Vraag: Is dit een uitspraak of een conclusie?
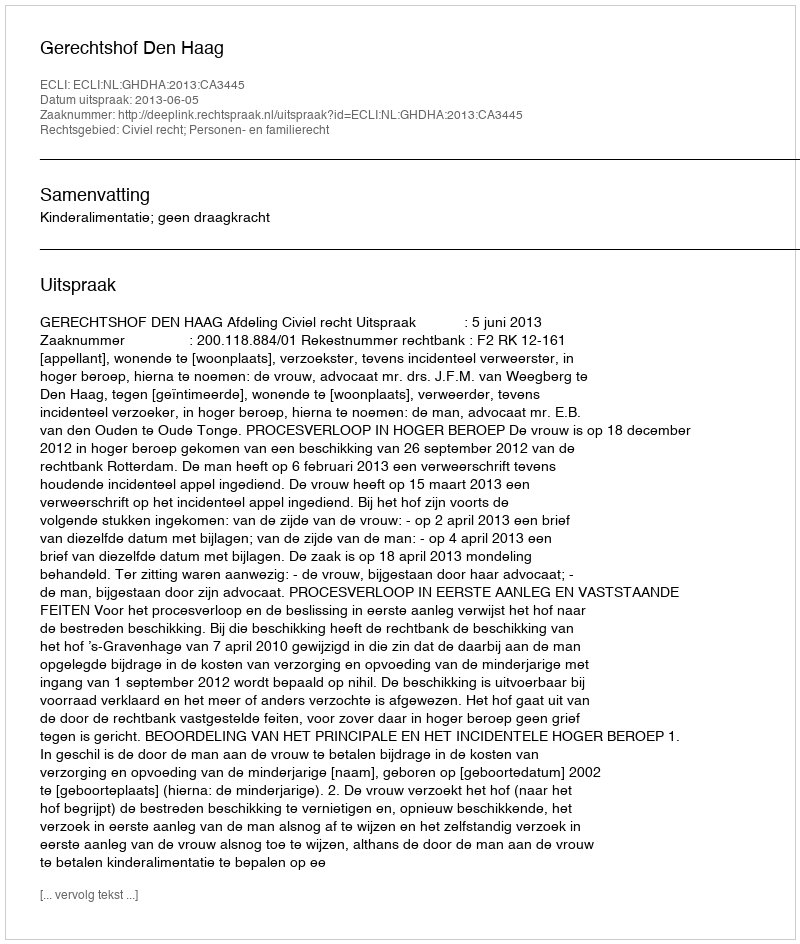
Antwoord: Uitspraak